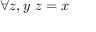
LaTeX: \forall z , y \ z = x